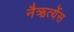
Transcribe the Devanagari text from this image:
नैऋर्त्येस